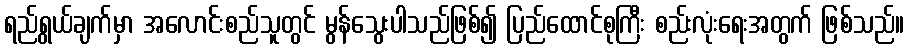
ရည်ရွယ်ချက်မှာ အလောင်းစည်သူတွင် မွန်သွေးပါသည်ဖြစ်၍ ပြည်ထောင်စုကြီး စည်းလုံးရေးအတွက် ဖြစ်သည်။